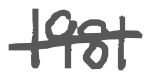
Text: 1981
Cross-out: mix
Writing tool: digital_gray